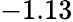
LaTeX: -1.13